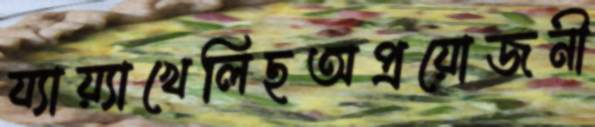
য্যায়্যাখেলিছঅপ্রয়োজনী